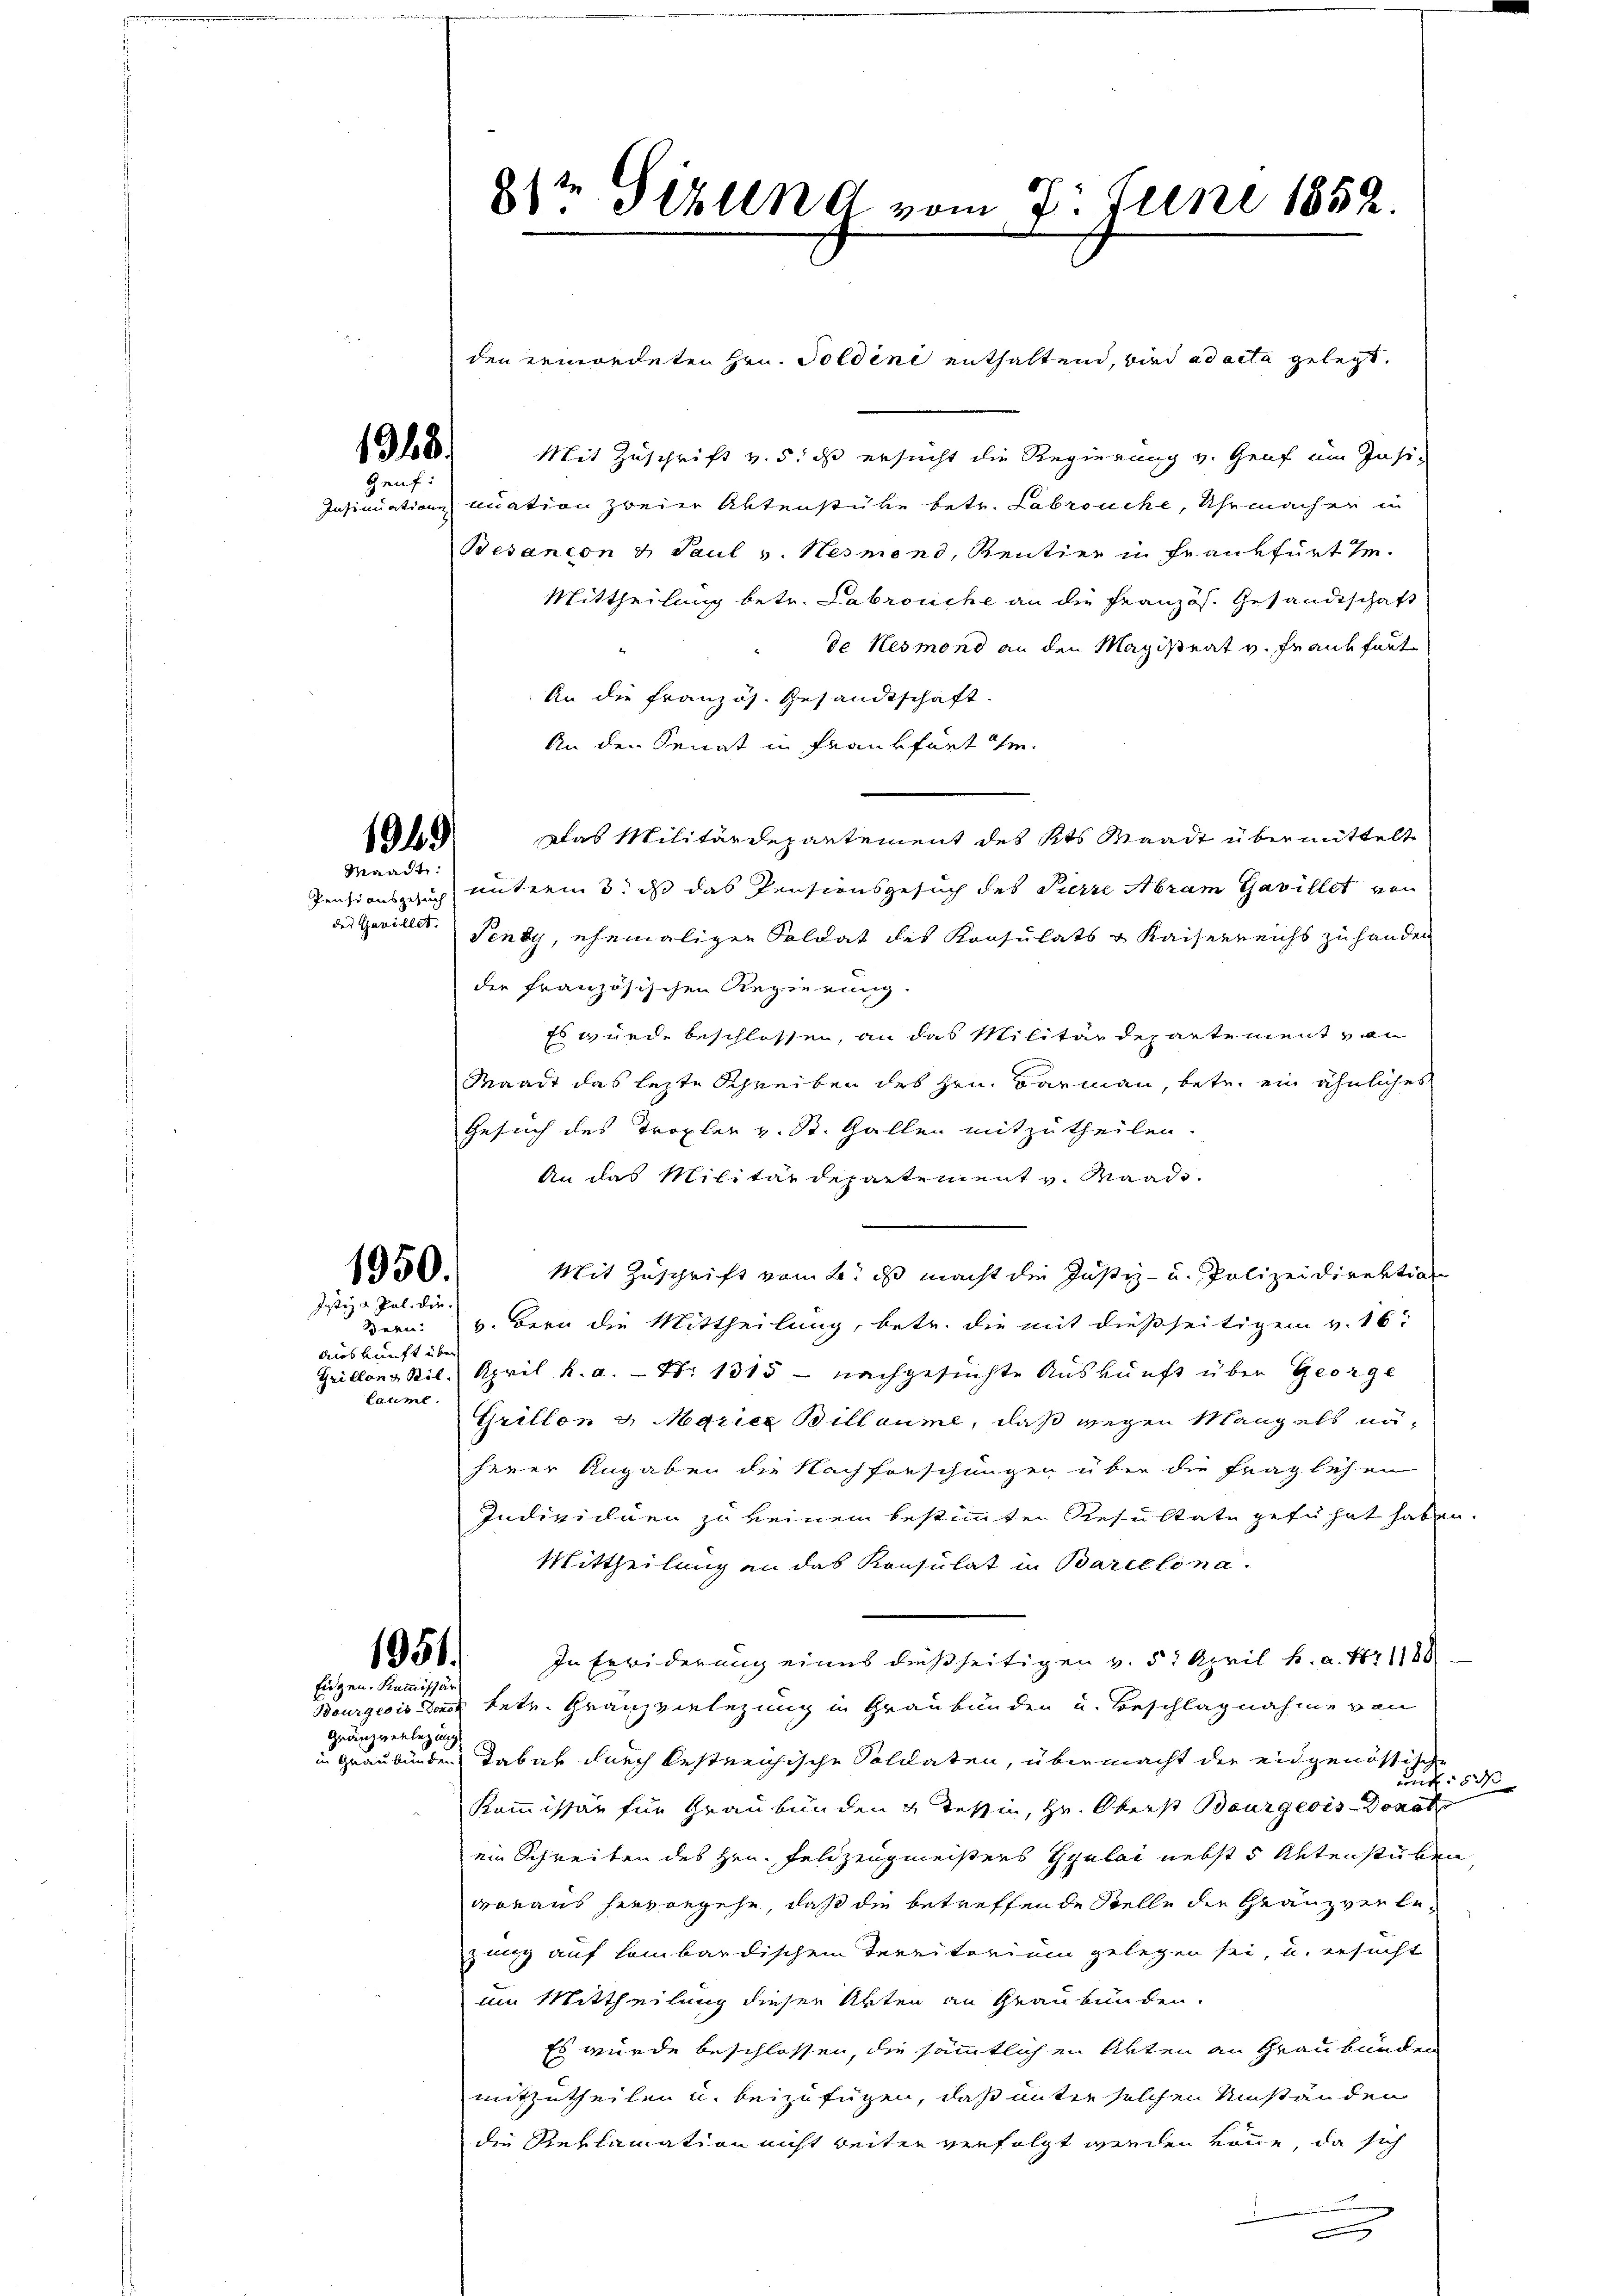
1318.
auf:

1949
Waadt:

der Gavillet.

1950.
Justiz a Pal, die

Auskunft über
Gritlang Ril.
Laumt.

1951.
Eidgen. Kommissär

Gränzverlegung

den gewordeten Hrn. Soldene enthaltend, wird ad acta gelegt,
Mit Zuschrift v. 5. ds ersucht die Regierung v. Genf um Insi-
Insinuation nuation zweier Aktenstüke betr. Labrouche, Uhr macher in
Besancon & Paul v. Nesmend, Rentier in Frankfurt se
Mittheilung betr. Labrouche an die Französ. Gesandtschaft
de Kesmond an den Magistent v. Frankfurt
An die französ. Gesandtschaft.
An den Senat in Frankfurt de
Das Militärdepartement des Kts Waadt übermittelt
Pensionsgesuch untermis, daß das Pensionsgesuch des Pierre Abram Gavillet von
Tensy, ehemaligen Soldat des Konsulats u Kaiserreichs zu handen
der französischen Regierung.
Es wurde beschlossen, an das Militärdepartement von
Waadt das lezte Schreiben des Hrn. Barmann, betr. ein ähnliches
Gesuch des Tropfer v. St. Gallen mitzutheilen.
An das Militärdepartement v. Maads.
.
Mit Zuschrift vom 24. ds macht die Justiz- u. Polizeidirektion
Bern. v. Bern die Mittheilung, betr. die mit dießseitigem v. 16
April h. a. — S. 1315 - nachgesuchte Auskunft über George
Grillon u. Marice Billaume, daß wegen Mangels näherer Angaben die Nachforschungen über die Fraglehen
Individuen zu keinem bestimmten Resultate geführt haben.
Mittheilung an das Konsulat in Barcelona.
In Erwiderung eines dießseitigen v. 5. April h. a. 171180
Bourgeois das betr. Franzverlegung in Graubünden und Beschlagnahme von
in Graubünden Tabak durch bestreichische Soldaten, übermacht der eidgenössische
und 5 d
Kommissär für Graubünden & Tessin, Hr. Oberst Bourgeois Donat
ein Schreiben des Hrn. Feldzeugmeisters Gyulai nebst 5 Aktenstuben
woraus hierangehe, daß die betreffende Stelle die Gränzverlezung auf lombardischem Territorium gelegen sei, u. ersucht
um Mittheilung dieser Akten an Graubünden.
Es wurde beschlossen, die sämmtlichen Akten an Graubünden
mitzutheilen u. beizufügen, daß unter solchen Umständen
die Reklamation nicht beiten verfolgt werden könne, da sich
.

81te Seelend vom 7. Juni 1852.